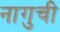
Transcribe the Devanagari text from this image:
नागुची